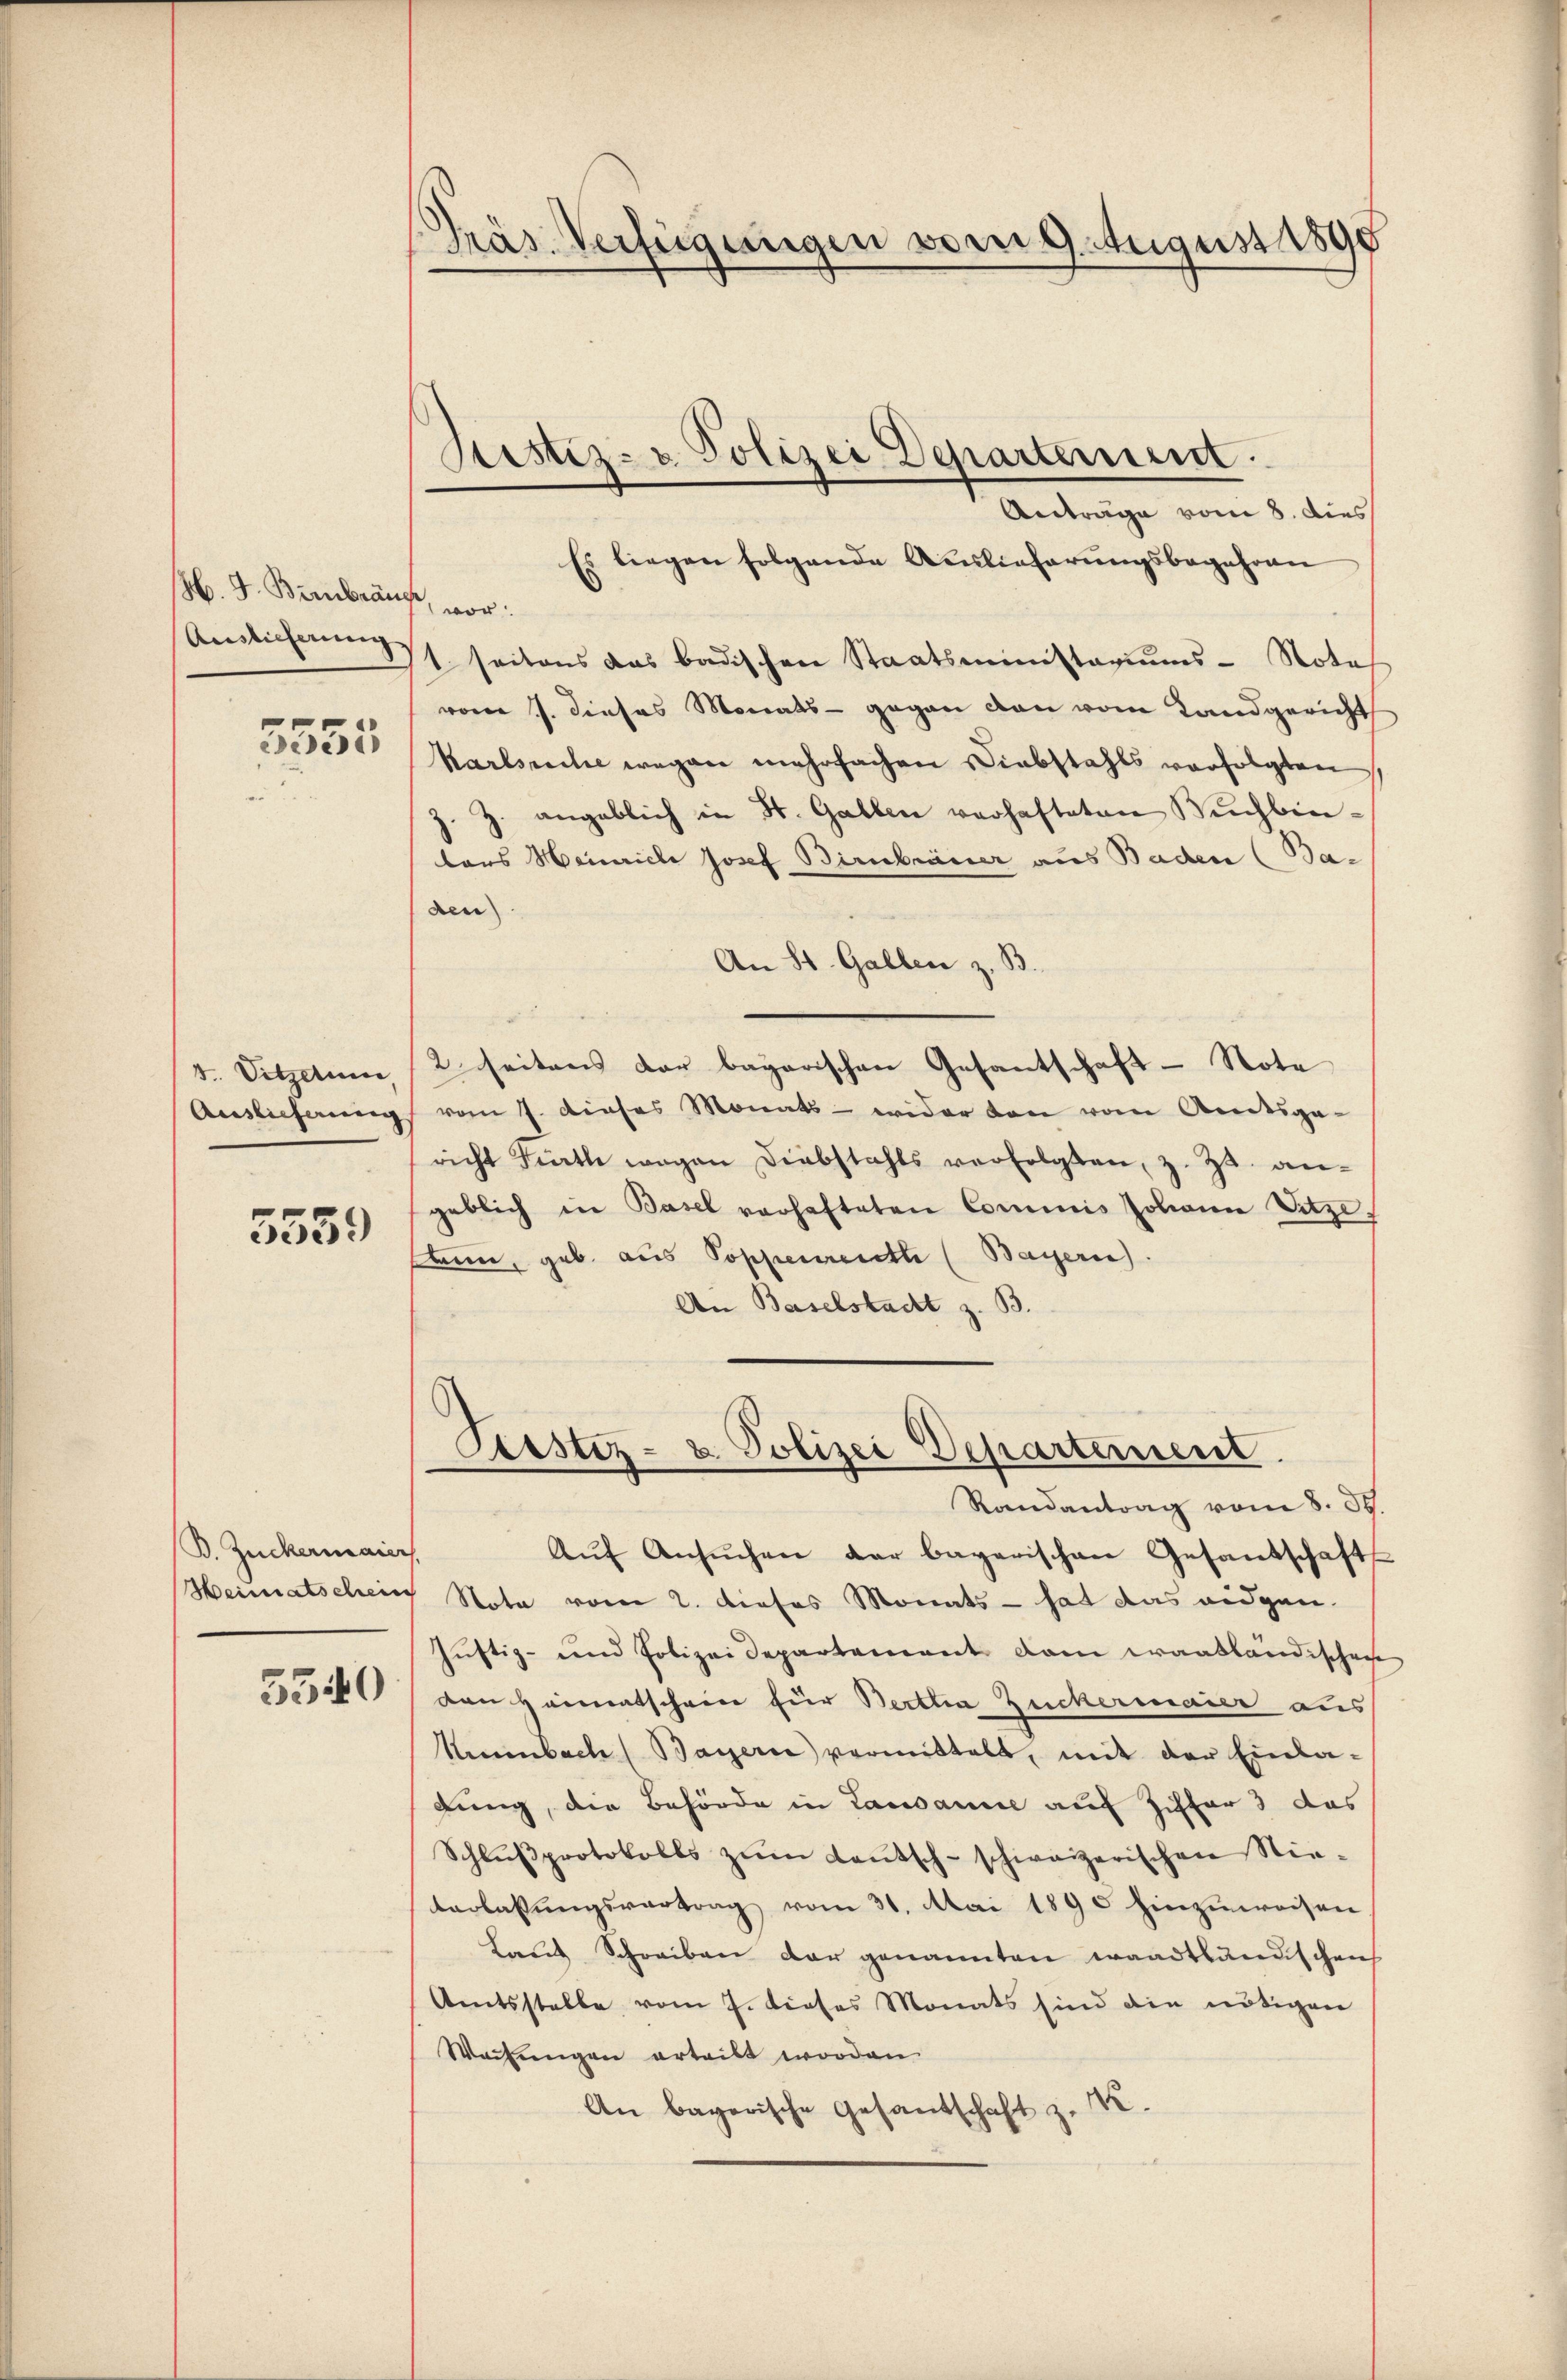
M. J. Beibrank, vor:

5555

v. Vitztum,
Auslieferung

5559

B. Zuckermaiers.
Heimatschein
5340

Präs. Verfügungen vom 9. August 1890

Anträge vom 8. dies
Es liegen folgende Auslieferungsbegehren
Andlicherung seitens das badischen Staatsministariums- Nota
vom 7. dieses Monats - gegen den vom Landgericht
Karlsuche wegen mehrfachen Diebstahls verfolgten,
z. Z. angeblich in St. Gallen verhafteten Buchbintors Heinrich Josef Birnbrunser aus Baden (Baden
An St. Gallen z. B.
2 seitens der bagarischen Gesantschaft - Note
vom 7. dieses Monats - wider von vom Amtsge-
richt Viertl wegen Diebstahls verfolgten, z. Zt. an-
geblich in Basel verhafteten Commis Johann Vitze
ann, geb. aus Poppenrent (Bayern).
An Baselstadt z. B.
Peistiz- & Polizei Departement.
Randantrag vom 8. d.
Aŭf Ansŭchen der bagarischen Gesandschafts
Note vom 2. dieses Monats - hat das eidgen.
Justiz- und Polizei Departement dan waatländischen
ven Heimatscheine für Bertha Zuckermaier aus
Nemmbach Bayern vermittelt, mit der Einla-
dung, die Behörde in Lausanne auf Ziffer 3 das
Schlŭβprotokolls zŭm Laŭtsch-schweizerischen Nie-
terlassungsvertrag vom 31. Mai 1890 hinzuweisen
Laut Schreiben der genannten waadtländischen
Amtsstelle vom 7. dieses Monats sind die nötigen
Wachungen erteilt worden
N.
An bayerische Gesandschaft z.

Ristiz- u Polizei Departement.